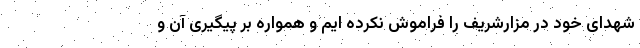
شهدای خود در مزارشریف را فراموش نکرده ایم و همواره بر پیگیری آن و